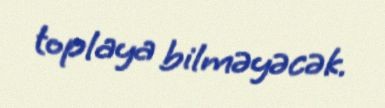
toplaya bilməyəcək.